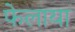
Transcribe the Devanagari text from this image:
फेलाया